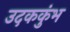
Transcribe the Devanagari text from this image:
उदककुंभ